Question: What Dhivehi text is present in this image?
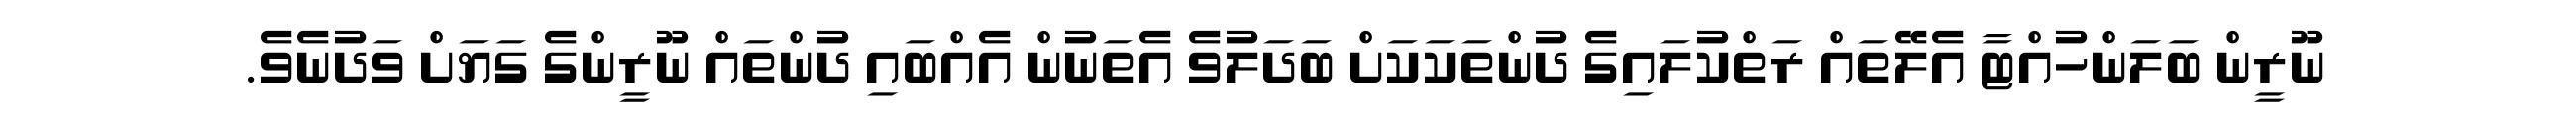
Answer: ނޫރީން ބަލަންހުއްޓާ އެލޭތައް ރަތްކުލައިގެ ދުންތަކަކަށް ބަދަލުވެ އެތަނުން އެއްބައި ދުންތައް ނޫރީންގެ ގަޔަށް ވަދުނެވެ.